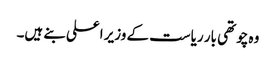
وہ چوتھی بار ریاست کے وزیر اعلی بنے ہیں۔